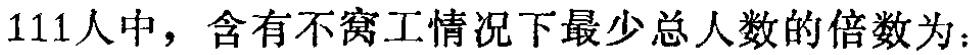
111人中，含有不窝工情况下最少总人数的倍数为：